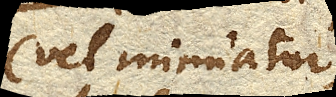
(vel minuatur)